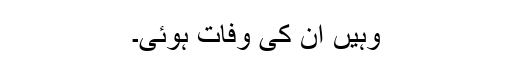
وہیں ان کی وفات ہوئی۔